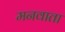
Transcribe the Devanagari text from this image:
मनवाता